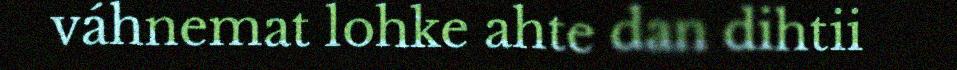
váhnemat lohke ahte dan dihtii